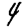
Digit: 4